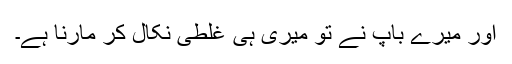
اور میرے باپ نے تو میری ہی غلطی نکال کر مارنا ہے۔